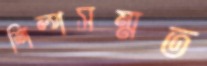
শিল্পসম্মত